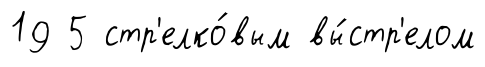
19 5 стр'елко́вым вы́стр'елом